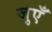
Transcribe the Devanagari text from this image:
जुएँ